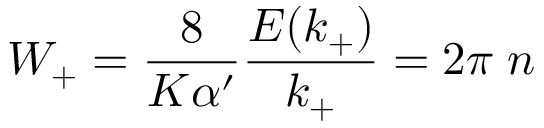
W _ { + } = \frac { 8 } { K \alpha ^ { \prime } } \frac { E ( k _ { + } ) } { k _ { + } } = 2 \pi \; n